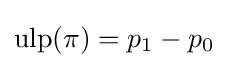
\operatorname {ulp} (\pi )=p_{1}-p_{0}